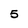
Character: 5